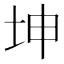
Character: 坤